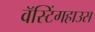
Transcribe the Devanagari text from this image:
वॅस्टिंगहाउस